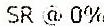
SR @ 0%